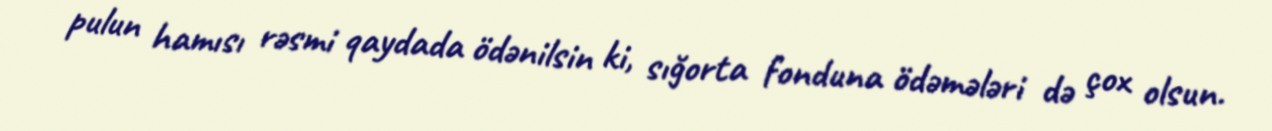
pulun hamısı rəsmi qaydada ödənilsin ki, sığorta fonduna ödəmələri də çox olsun.